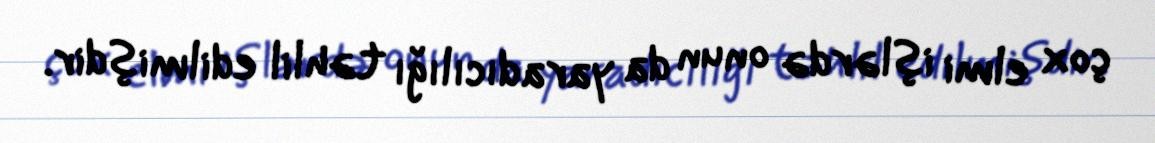
çox elmi işlərdə onun da yaradıcılığı təhlil edilmişdir.